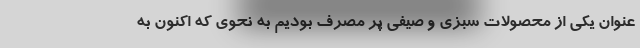
عنوان یکی از محصولات سبزی و صیفی پر مصرف بودیم به نحوی که اکنون به